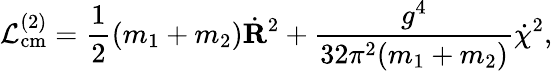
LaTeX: {\cal L}_{\mathrm{cm}}^{(2)}=\frac{1}{2}(m_{1}+m_{2})\dot{{\mathbf R}}^{2}+\frac{g^{4}}{32\pi^{2}(m_{1}+m_{2})}\dot{\chi}^{2},